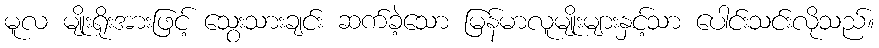
မူလ မျိုးရိုးအားဖြင့် သွေးသားချင်း ဆက်ခဲ့သော မြန်မာလူမျိုးများနှင့်သာ ပေါင်းသင်းလိုသည်။